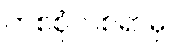
တစ်စုံတစ်ရာမှ